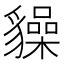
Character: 𧴜